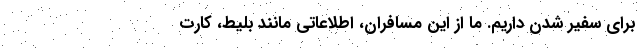
برای سفیر شدن داریم. ما از این مسافران، اطلاعاتی مانند بلیط، کارت